Insane asylums in Bengal annual reports 1867-1875 - 1867-1875
Year: 1867
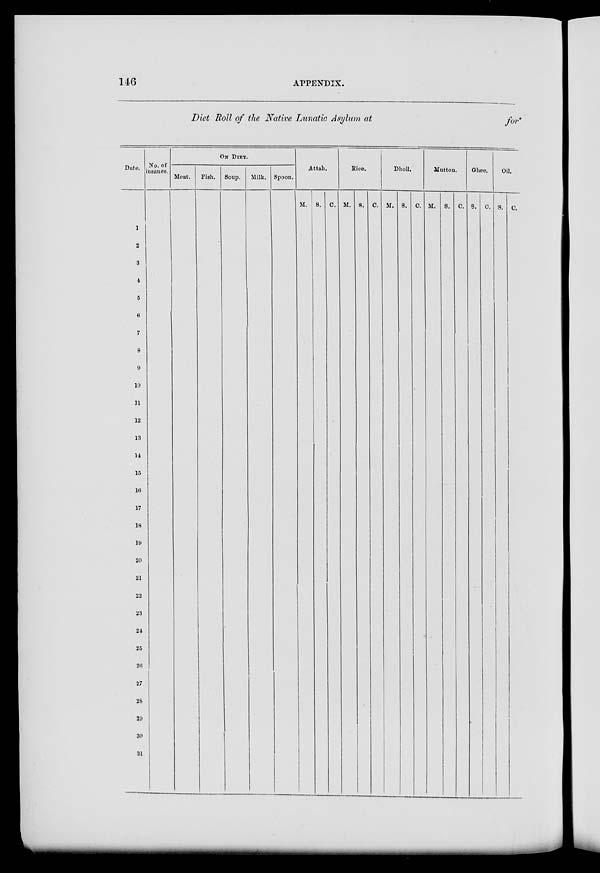
146
APPENDIX.
Diet Roll of the Native Lunatic Asylum at
for
Date.
1
2
3
4
5
6
7
8
9
10
11
12
13
14
15
16
17
18
19
20
21
22
23
24
25
26
27
28
29
30
31
No. of
insanes.
ON DIET.
Meat.
Fish.
Soup.
Milk. Spoon.
Attah.
M. S. C.
Rice.
M. S. C.
Dholl.
M. S. C.
Mutton.
M. S. C.
Ghee.
S. C.
Oil.
S. C.